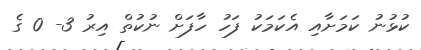
ކުޅުނު ކަމަށާއި އެކަމަކު ފަހު ހާފަށް ނުކުތް އިރު 3- 0 ގެ